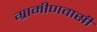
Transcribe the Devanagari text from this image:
ग्रामीणवासी